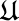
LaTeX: \mathfrak{U}